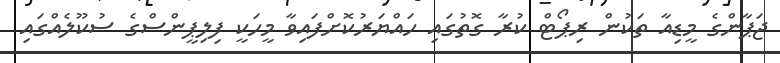
ޖަޕާންގެ މީޑިއާ ތަކުން ރިޕޯޓް ކުރާ ގޮތުގައި ހައްޔަރުކޮށްފައިވާ މީހަކީ ފިލިޕީންސްގެ ސުކޫލެއްގައި